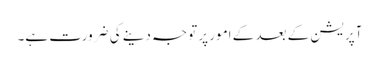
آپریشن کے بعد کے امور پر توجہ دینے کی ضرورت ہے۔